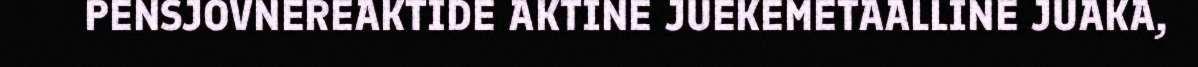
PENSJOVNEREAKTIDE AKTINE JUEKEMETAALLINE JUAKA,